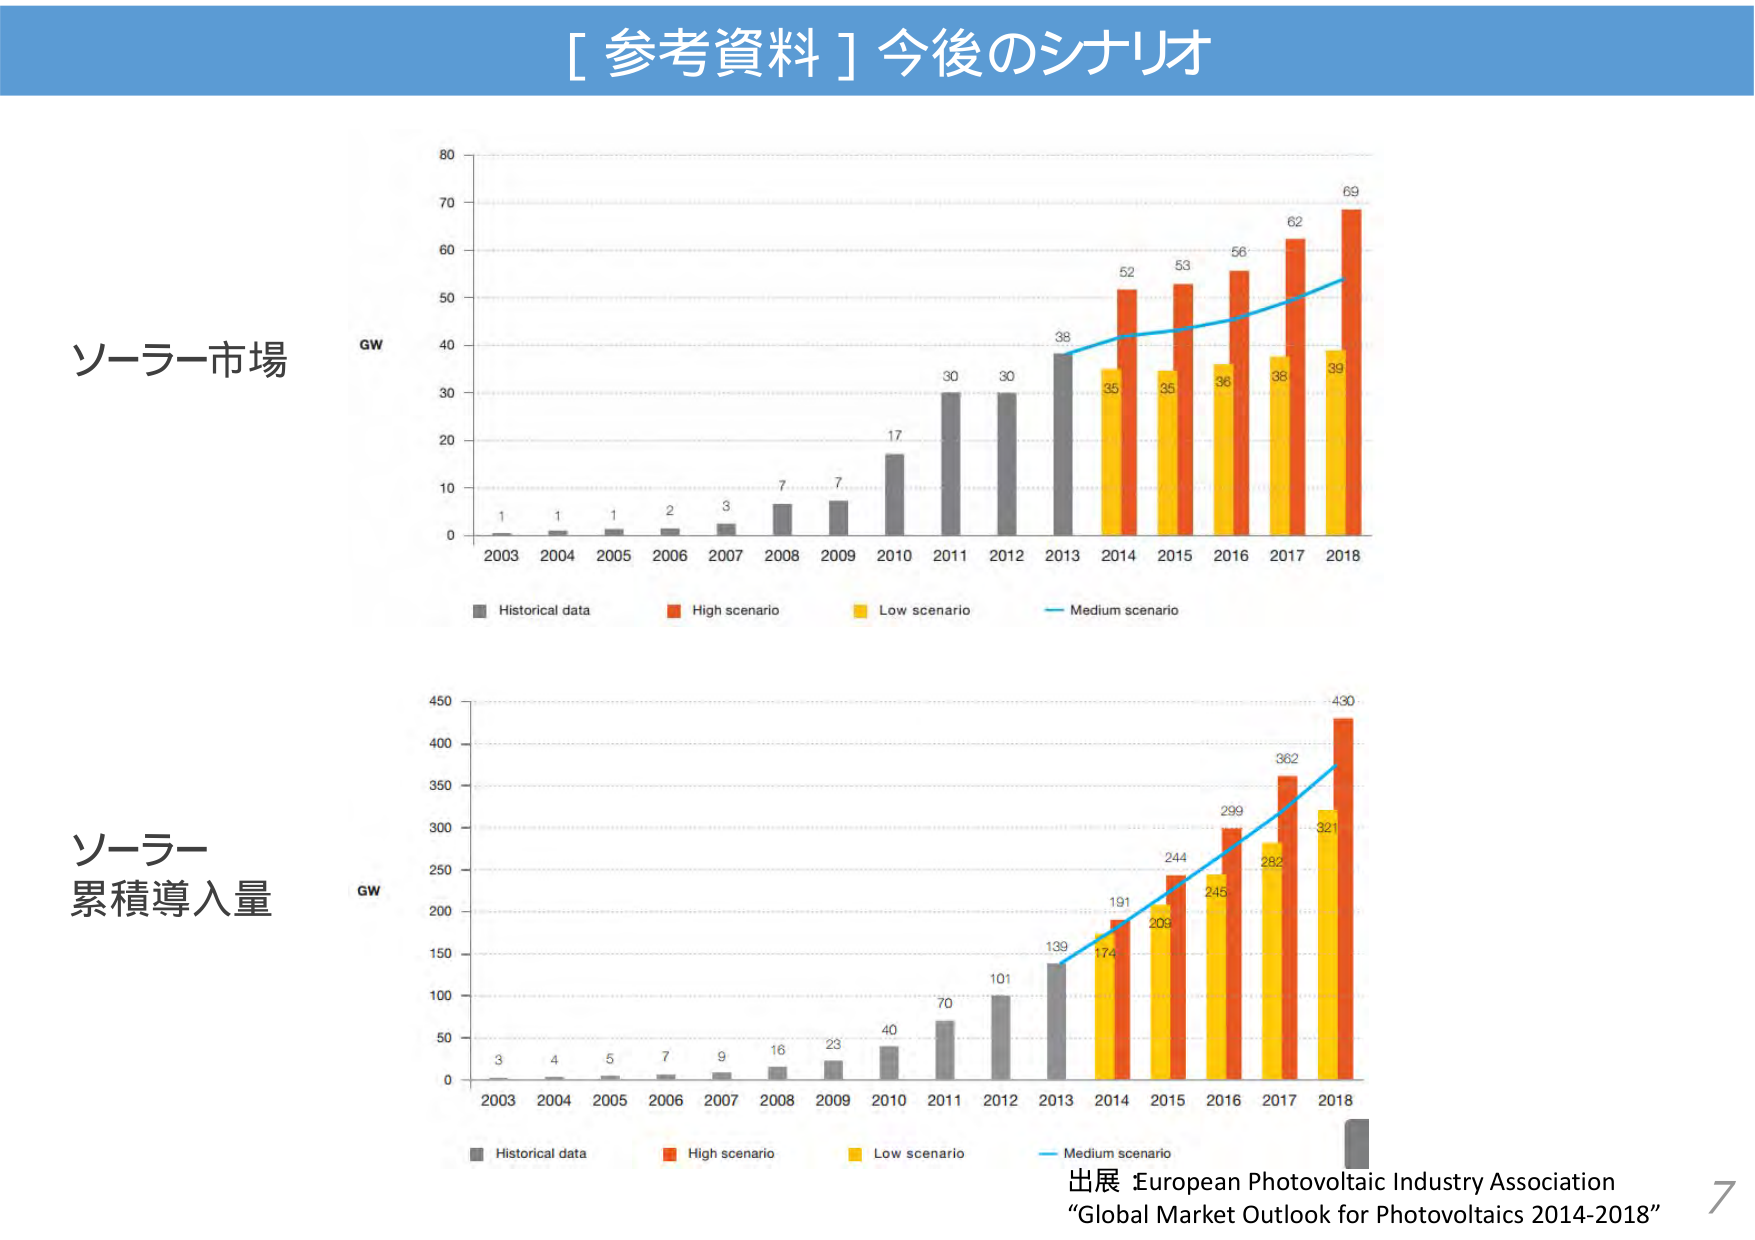
[ 参考資料 ] 今後のシナリオ

ソーラー市場
GW
2003 1
2004 1
2005 1
2006 2
2007 3
2008 7
2009 7
2010 17
2011 30
2012 30
2013 38
2014 52
2015 53
2016 56
2017 62
2018 69
■ Historical data
■ High scenario
■ Low scenario
— Medium scenario

ソーラー
累積導入量
GW
2003 3
2004 4
2005 5
2006 7
2007 9
2008 16
2009 23
2010 40
2011 70
2012 101
2013 139
2014 191
2015 244
2016 299
2017 362
2018 430
■ Historical data
■ High scenario
■ Low scenario
— Medium scenario

出展 European Photovoltaic Industry Association
“Global Market Outlook for Photovoltaics 2014-2018”
7